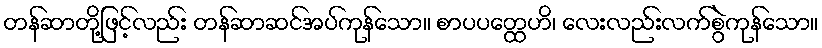
တန်ဆာတို့ဖြင့်လည်း တန်ဆာဆင်အပ်ကုန်သော။ စာပပတ္ထေဟိ၊ လေးလည်းလက်စွဲကုန်သော။